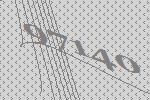
97140